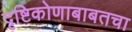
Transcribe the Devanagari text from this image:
दृष्टिकोणाबाबतचा